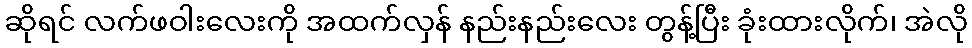
ဆိုရင် လက်ဖဝါးလေးကို အထက်လှန် နည်းနည်းလေး တွန့်ပြီး ခုံးထားလိုက်၊ အဲလို